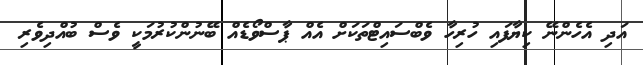
އަދި އެހެންނޭ ކިޔާފައި ހުރިހާ ވެބްސައިޓްތަކަށް އެއް ޕާސްވޯޑެއް ބޭނުންކުރުމަކީ ވެސް ބުއްދިވެރި